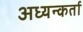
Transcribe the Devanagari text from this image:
अध्यन्कर्ता